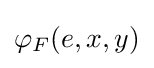
\varphi _{F}(e,x,y)